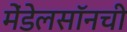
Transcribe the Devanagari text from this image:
मेंडेलसॉनची